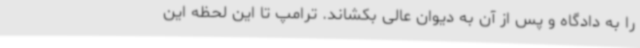
را به دادگاه و پس از آن به دیوان عالی بکشاند. ترامپ تا این لحظه این